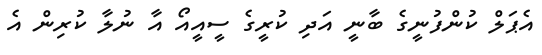
އެޕަލް ކުންފުނީގެ ބާނީ އަދި ކުރީގެ ސީއީއޯ އާ ނުލާ ކުރިން އެ